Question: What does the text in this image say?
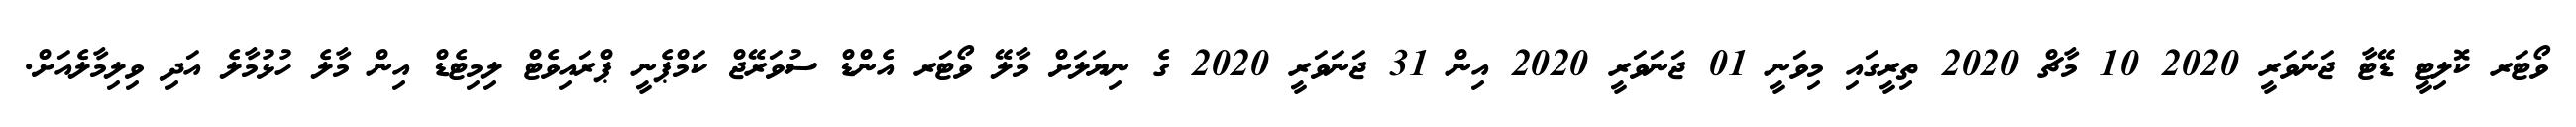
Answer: ވޯޓަރ ކޮލިޓީ ޑޭޓާ ޖަނަވަރީ 2020 10 މާޗް 2020 ތިރީގައި މިވަނީ 01 ޖަނަވަރީ 2020 އިން 31 ޖަނަވަރީ 2020 ގެ ނިޔަލަށް މާލޭ ވޯޓަރ އެންޑް ސުވަރޭޖް ކަމްޕެނީ ޕްރައިވެޓް ލިމިޓެޑް އިން މާލެ ހުޅުމާލެ އަދި ވިލިމާލެއަށް.